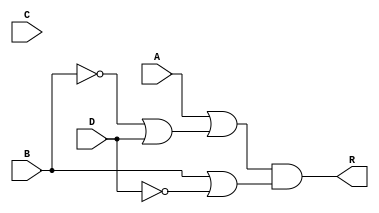
module func(input A,B,C,D, output R);
    assign R = ((A)|(~B|D))&(B|~D);
endmodule

module one_bit_adder (a, b, c, c_in, r, c_out );
    input a;
    input b;
    input c;
    input c_in;
    output r;
    output c_out;  
    wire p,q;

    func func0(a, b, c, c_in, p);
    func func1(c_in,a, b, c, q);
    assign r = p;
    assign c_out = q;

endmodule

module eight_bit_adder(
    input wire [7:0] a, b, c, 
    output wire [7:0] r, output wire c_out

);

    wire [7:0] d;
    one_bit_adder adder0 (a[0], b[0], c[0], 1'b0, r[0], d[0]);
    one_bit_adder adder1 (a[1], b[1], c[1], d[0], r[1], d[1]);
    one_bit_adder adder2 (a[2], b[2], c[2], d[1], r[2], d[2]);
    one_bit_adder adder3 (a[3], b[3], c[3], d[2], r[3], d[3]);
    one_bit_adder adder4 (a[4], b[4], c[4], d[3], r[4], d[4]);
    one_bit_adder adder5 (a[5], b[5], c[5], d[4], r[5], d[5]);
    one_bit_adder adder6 (a[6], b[6], c[6], d[5], r[6], d[6]);
    one_bit_adder adder7 (a[7], b[7], c[7], d[6], r[7], d[7]);
    assign c_out = d[7];

endmodule


module tb;

    reg [7:0] A, B, C;
    wire [7:0] R;
    wire C_out;

    eight_bit_adder adder(A, B, C, R, C_out);

    initial begin
        $dumpfile("Part1.vcd");
        $dumpvars(0,tb);
        A = 0;
        B = 0;
        C = 0;
        #2;

        $monitor("A = %b, B = %b, C = %b, R = %b, Carry = %b", A, B, C, R, C_out);

        repeat(10) begin
            A = $random;
            B = $random;
            C = $random;
            #15;
        end

        $finish;

    end
    

endmodule